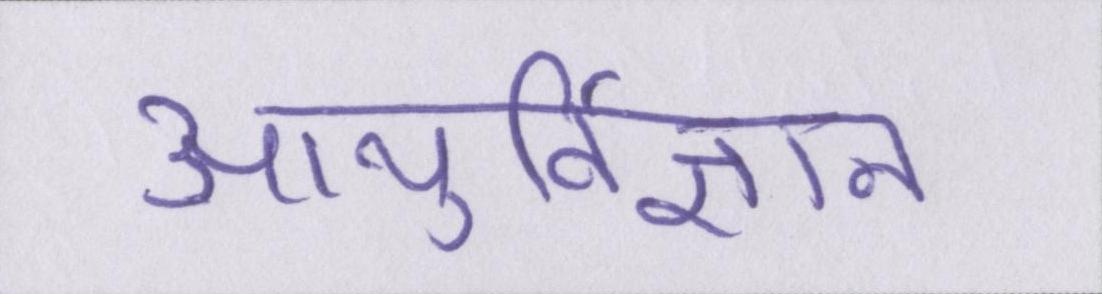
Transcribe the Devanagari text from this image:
आयुर्विज्ञान